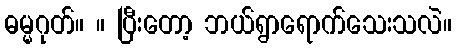
ဓမ္မဂုတ်။ ။ ပြီးတော့ ဘယ်ရွာရောက်သေးသလဲ။